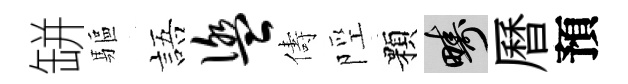
缾驅語盥儔陘顆疇曆預